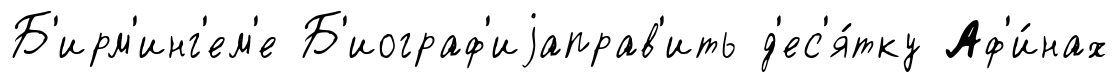
Б'ирм'инг'ем'е Б'иограф'иjаправ'ить д'ес'я́тку Аф'и́нах